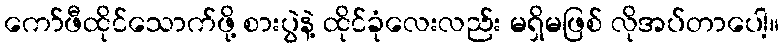
ကော်ဖီထိုင်သောက်ဖို့ စားပွဲနဲ့ ထိုင်ခုံလေးလည်း မရှိမဖြစ် လိုအပ်တာပေါ့။